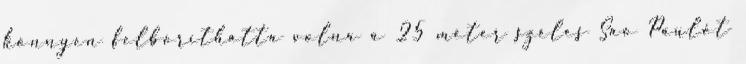
könnyen felboríthatta volna a 25 méter széles Sao Paulót